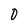
Character: 0